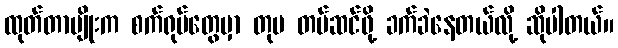
ထုတ်တာမျိုးက စက်ရုပ်တွေမှာ တုပ တပ်ဆင်ဖို့ ခက်ခဲနေတယ်လို့ ဆိုပါတယ်။